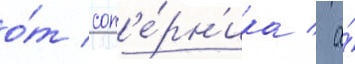
о́т соп'е́рн'ика / а́